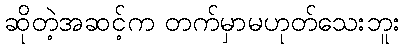
ဆိုတဲ့အဆင့်က တက်မှာမဟုတ်သေးဘူး